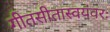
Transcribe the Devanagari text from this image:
गीतसीतास्वयंवरः